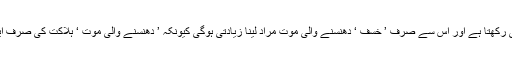
’ اغتال‘ اور ’ اغتیال‘ یعنی ’ ہلاکت‘ کا لفظ بہت وسیع معنی رکھتا ہے اور اس سے صرف ’ خسف ‘ دھنسنے والی موت مراد لینا زیادتی ہوگی کیونکہ ’ دھنسنے والی موت ‘ ہلاکت کی صرف ایک قسم ہے جبکہ ہلاکت کے اور بھی بے شمار اقسام ہیں۔